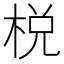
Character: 棁